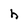
Character: h